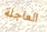
العاجلة